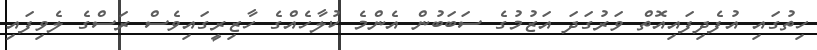
ހިތުގައި އުފެދިފައިއޮތް ވަރުގަދަ އަޒުމުގެ ސަބަބުން އެންމެ ކުލާހެއްގެ ހާޒިރީގައިވެސް ރަސްގެ ލެވިފައި